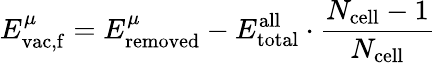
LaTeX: E_{\mathrm{vac,f}}^{\mu}=E_{\mathrm{removed}}^{\mu}-E_{\mathrm{total}}^{\mathrm{all}}\cdot\frac{N_{\mathrm{cell}}-1}{N_{\mathrm{cell}}}